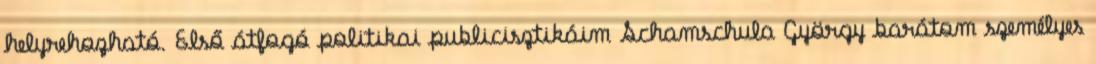
helyrehozható. Első átfogó politikai pub­licisztikáim Schamschula György barátom személyes